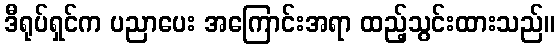
ဒီရုပ်ရှင်က ပညာပေး အကြောင်းအရာ ထည့်သွင်းထားသည်။